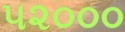
૫૨૦૦૦